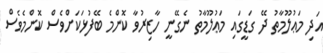
އަދި މަޢުލޫމާތު ދޭ ގަޑީގައި މަޢުލޫމާތު ނެގޭނީ ހާޒިރުވާ ކޮންމެ ބޭފުޅަކަށްވެސް ކޮންމެވެސް